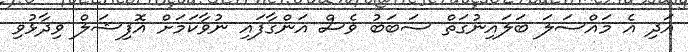
އަދި އެ މައްސަލަ ބަލައިނުގަތް ސަބަބު ވެސް އަންގާފައި ނުވާކަމަށް އޮފިޝަލް ވިދާޅުވި